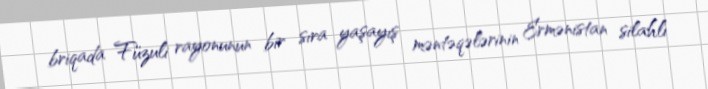
briqada Füzuli rayonunun bir sıra yaşayış məntəqələrinin Ermənistan silahlı